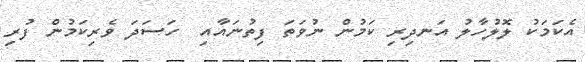
އެކަމަކު ލޮލުހާލު އަނދިރި ކަމުން ނުވަތަ ފިތުނައާއި  ހަސަދަ ވެރިކަމުން ފުރި